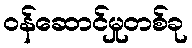
ဝန်ဆောင်မှုတစ်ခု